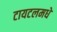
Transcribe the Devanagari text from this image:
टायटलमधे